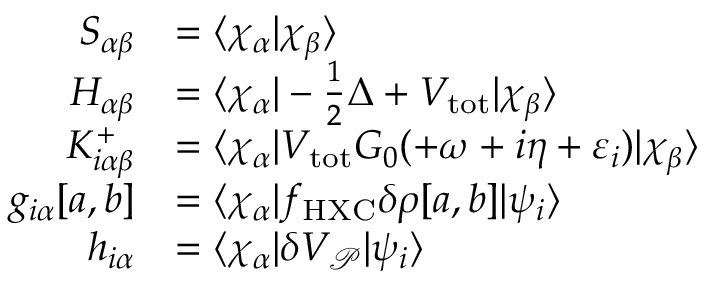
\begin{array} { r l } { S _ { \alpha \beta } } & { = \langle \chi _ { \alpha } | \chi _ { \beta } \rangle } \\ { H _ { \alpha \beta } } & { = \langle \chi _ { \alpha } | - \frac 1 2 \Delta + V _ { \mathrm { t o t } } | \chi _ { \beta } \rangle } \\ { K _ { i \alpha \beta } ^ { + } } & { = \langle \chi _ { \alpha } | V _ { \mathrm { t o t } } G _ { 0 } ( + \omega + i \eta + \varepsilon _ { i } ) | \chi _ { \beta } \rangle } \\ { g _ { i \alpha } [ a , b ] } & { = \langle \chi _ { \alpha } | f _ { \mathrm { H X C } } \delta \rho [ a , b ] | \psi _ { i } \rangle } \\ { h _ { i \alpha } } & { = \langle \chi _ { \alpha } | \delta V _ { \mathcal P } | \psi _ { i } \rangle } \end{array}